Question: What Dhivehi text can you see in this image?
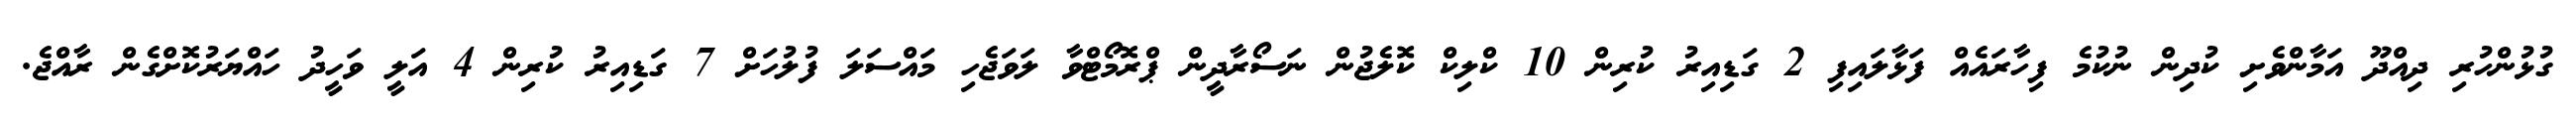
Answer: ގުޅުންހުރި ދިއްދޫ އަމާންވެށި ކުދިން ނުކުމެ ފިހާރައެއް ފަޅާލައިފި 2 ގަޑިއިރު ކުރިން 10 ކްލިކް ކޮލެޖުން ނަސޯރާދީން ޕްރޮމޯޓްވާ ލަވަޖެހި މައްސަލަ ފުލުހަށް 7 ގަޑިއިރު ކުރިން 4 އަލީ ވަހީދު ހައްޔަރުކޮށްގެން ރާއްޖެ.